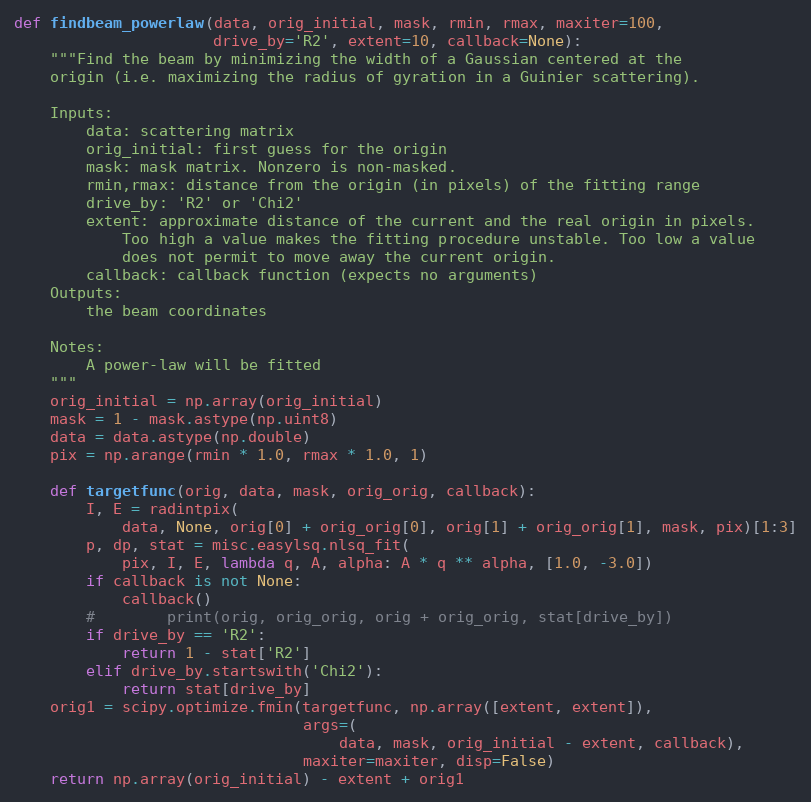
Language: Python
def findbeam_powerlaw(data, orig_initial, mask, rmin, rmax, maxiter=100,
                      drive_by='R2', extent=10, callback=None):
    """Find the beam by minimizing the width of a Gaussian centered at the
    origin (i.e. maximizing the radius of gyration in a Guinier scattering).

    Inputs:
        data: scattering matrix
        orig_initial: first guess for the origin
        mask: mask matrix. Nonzero is non-masked.
        rmin,rmax: distance from the origin (in pixels) of the fitting range
        drive_by: 'R2' or 'Chi2'
        extent: approximate distance of the current and the real origin in pixels.
            Too high a value makes the fitting procedure unstable. Too low a value
            does not permit to move away the current origin.
        callback: callback function (expects no arguments)
    Outputs:
        the beam coordinates

    Notes:
        A power-law will be fitted
    """
    orig_initial = np.array(orig_initial)
    mask = 1 - mask.astype(np.uint8)
    data = data.astype(np.double)
    pix = np.arange(rmin * 1.0, rmax * 1.0, 1)

    def targetfunc(orig, data, mask, orig_orig, callback):
        I, E = radintpix(
            data, None, orig[0] + orig_orig[0], orig[1] + orig_orig[1], mask, pix)[1:3]
        p, dp, stat = misc.easylsq.nlsq_fit(
            pix, I, E, lambda q, A, alpha: A * q ** alpha, [1.0, -3.0])
        if callback is not None:
            callback()
        #        print(orig, orig_orig, orig + orig_orig, stat[drive_by])
        if drive_by == 'R2':
            return 1 - stat['R2']
        elif drive_by.startswith('Chi2'):
            return stat[drive_by]
    orig1 = scipy.optimize.fmin(targetfunc, np.array([extent, extent]),
                                args=(
                                    data, mask, orig_initial - extent, callback),
                                maxiter=maxiter, disp=False)
    return np.array(orig_initial) - extent + orig1